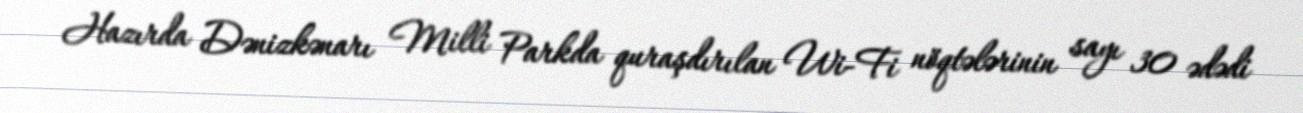
Hazırda Dənizkənarı Milli Parkda quraşdırılan Wi-Fi nöqtələrinin sayı 30 ədədi